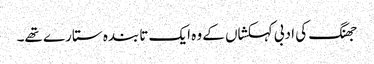
جھنگ کی ادبی کہکشاں کے وہ ایک تابندہ ستارے تھے۔